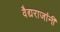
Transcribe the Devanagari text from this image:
वैद्यराजांनी